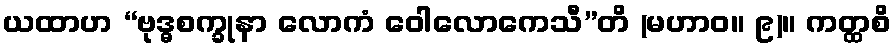
ယထာဟ “ဗုဒ္ဓစက္ခုနာ လောကံ ဝေါလောကေသီ”တိ (မဟာဝ။ ၉)။ ကတ္ထစိ